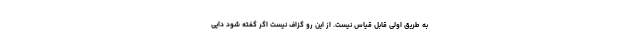
به طریق اولی قابل قیاس نیست. از این رو گزاف نیست اگر گفته شود داییِ